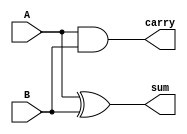
`timescale 1ns / 1ps

module half_adder(
    input A,
    input B,
    output reg sum,
    output reg carry
    );
    
    always@(*)begin
        sum = A^B;
        carry = A&B;
    end
    
endmodule